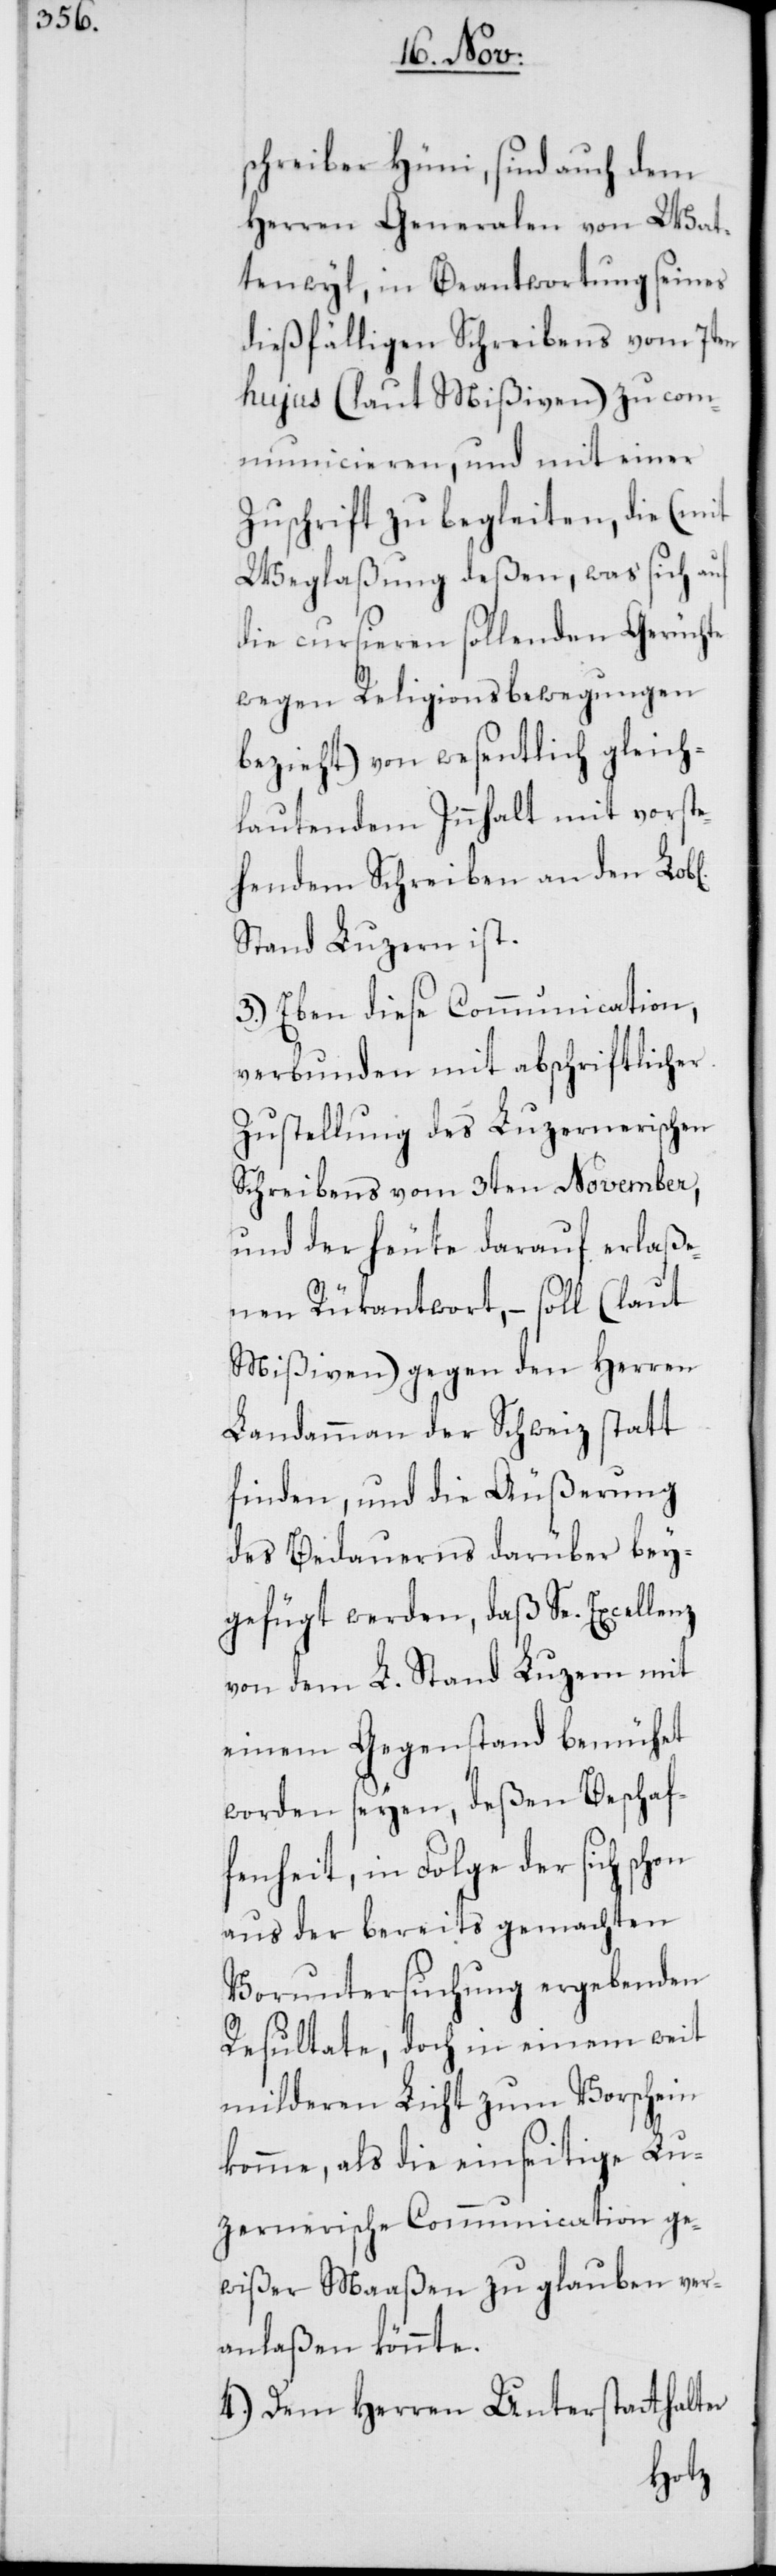
schreiber Hüni, sind auch dem
Herren Generalen von Wat¬
tenwyl, in Beantwortung seines
dießfälligen Schreibens vom 7ten
hujus (laut Mißiven) zu com¬
municieren, und mit einer
Zuschrift zu begleiten, die (mit
Weglaßung deßen, was sich auf
die cursieren sollenden Gerüchte
wegen Religionsbewegungen
bezieht) von wesentlich gleich¬
lautendem Innhalt mit vorste¬
hendem Schreiben an den
Stand Luzern ist.
3.) Eben diese Communication,
verbunden mit abschriftlicher
Zustellung des Luzernerischen
Schreibens vom 3ten November,
und der heute darauf erlaße¬
nen Rükantwort, – soll (laut
Mißiven) gegen den Herren
Landammann der Schweiz statt
finden, und die Äußerung
des Bedauerns darüber bey¬
gefügt werden, daß Se. Excellenz
von dem L. Stand Luzern mit
einem Gegenstand bemühet
worden seyen, deßen Beschaf¬
fenheit, in Folge der sich schon
aus der bereits gemachten
Voruntersuchung ergebenden
Resultate, doch in einem weit
milderen Licht zum Vorschein
komme, als die einseitige Lu¬
zernerische Communication ge¬
wißer Maaßen zu glauben ver¬
anlaßen könnte.
4.) Dem Herren Unterstatthalter